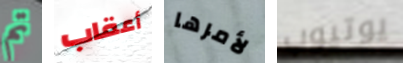
تم أعقاب لأمرها يوتيوب